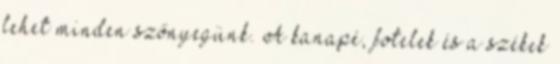
lehet minden szőnyegünk. A kanapé, fotelek és a székek